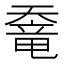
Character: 𡙶